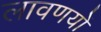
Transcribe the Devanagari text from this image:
लावणयों